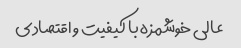
عالی خوشمزه با کیفیت و اقتصادی